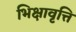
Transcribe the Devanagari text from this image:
भिक्षावृत्ति